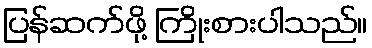
ပြန်ဆက်ဖို့ ကြိုးစားပါသည်။